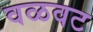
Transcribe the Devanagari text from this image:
वळवट